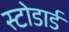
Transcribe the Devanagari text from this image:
स्टोडार्ड